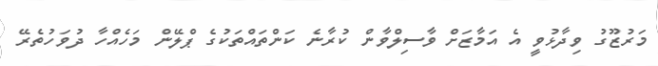
މަރުޒޫގު ވިދާޅުވީ އެ އަމާޒަށް ވާސިލްވާން ކުރާނެ ކަންތައްތަކުގެ ޕްލޭން މަހެއްހާ ދުވަހުތެރޭ